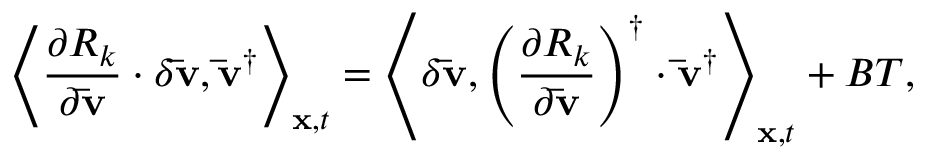
{ \left\langle { \frac { { \partial { R _ { k } } } } { { \partial { \bf { \bar { v } } } } } \cdot \delta { \bf { \bar { v } } } , { { { \bf { \bar { v } } } } ^ { \dag } } } \right\rangle _ { { \bf { x } } , t } } = { \left\langle { \delta { \bf { \bar { v } } } , { { \left( { \frac { { \partial { R _ { k } } } } { { \partial { \bf { \bar { v } } } } } } \right) } ^ { \dag } } \cdot { { { \bf { \bar { v } } } } ^ { \dag } } } \right\rangle _ { { \bf { x } } , t } } + B T ,